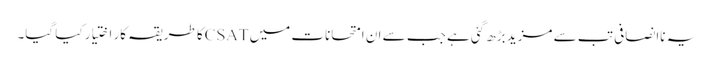
یہ ناانصافی تب سے مزید بڑھ گئی ہے جب سے ان امتحانات میں CSATکا طریقہ کار اختیار کیا گیا۔